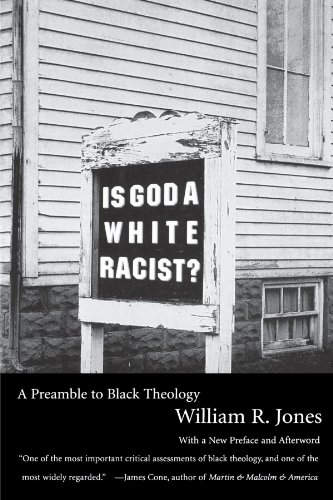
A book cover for Is God A White Racist?: A Preamble to Black Theology; William R. Jones; Religion & Spirituality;